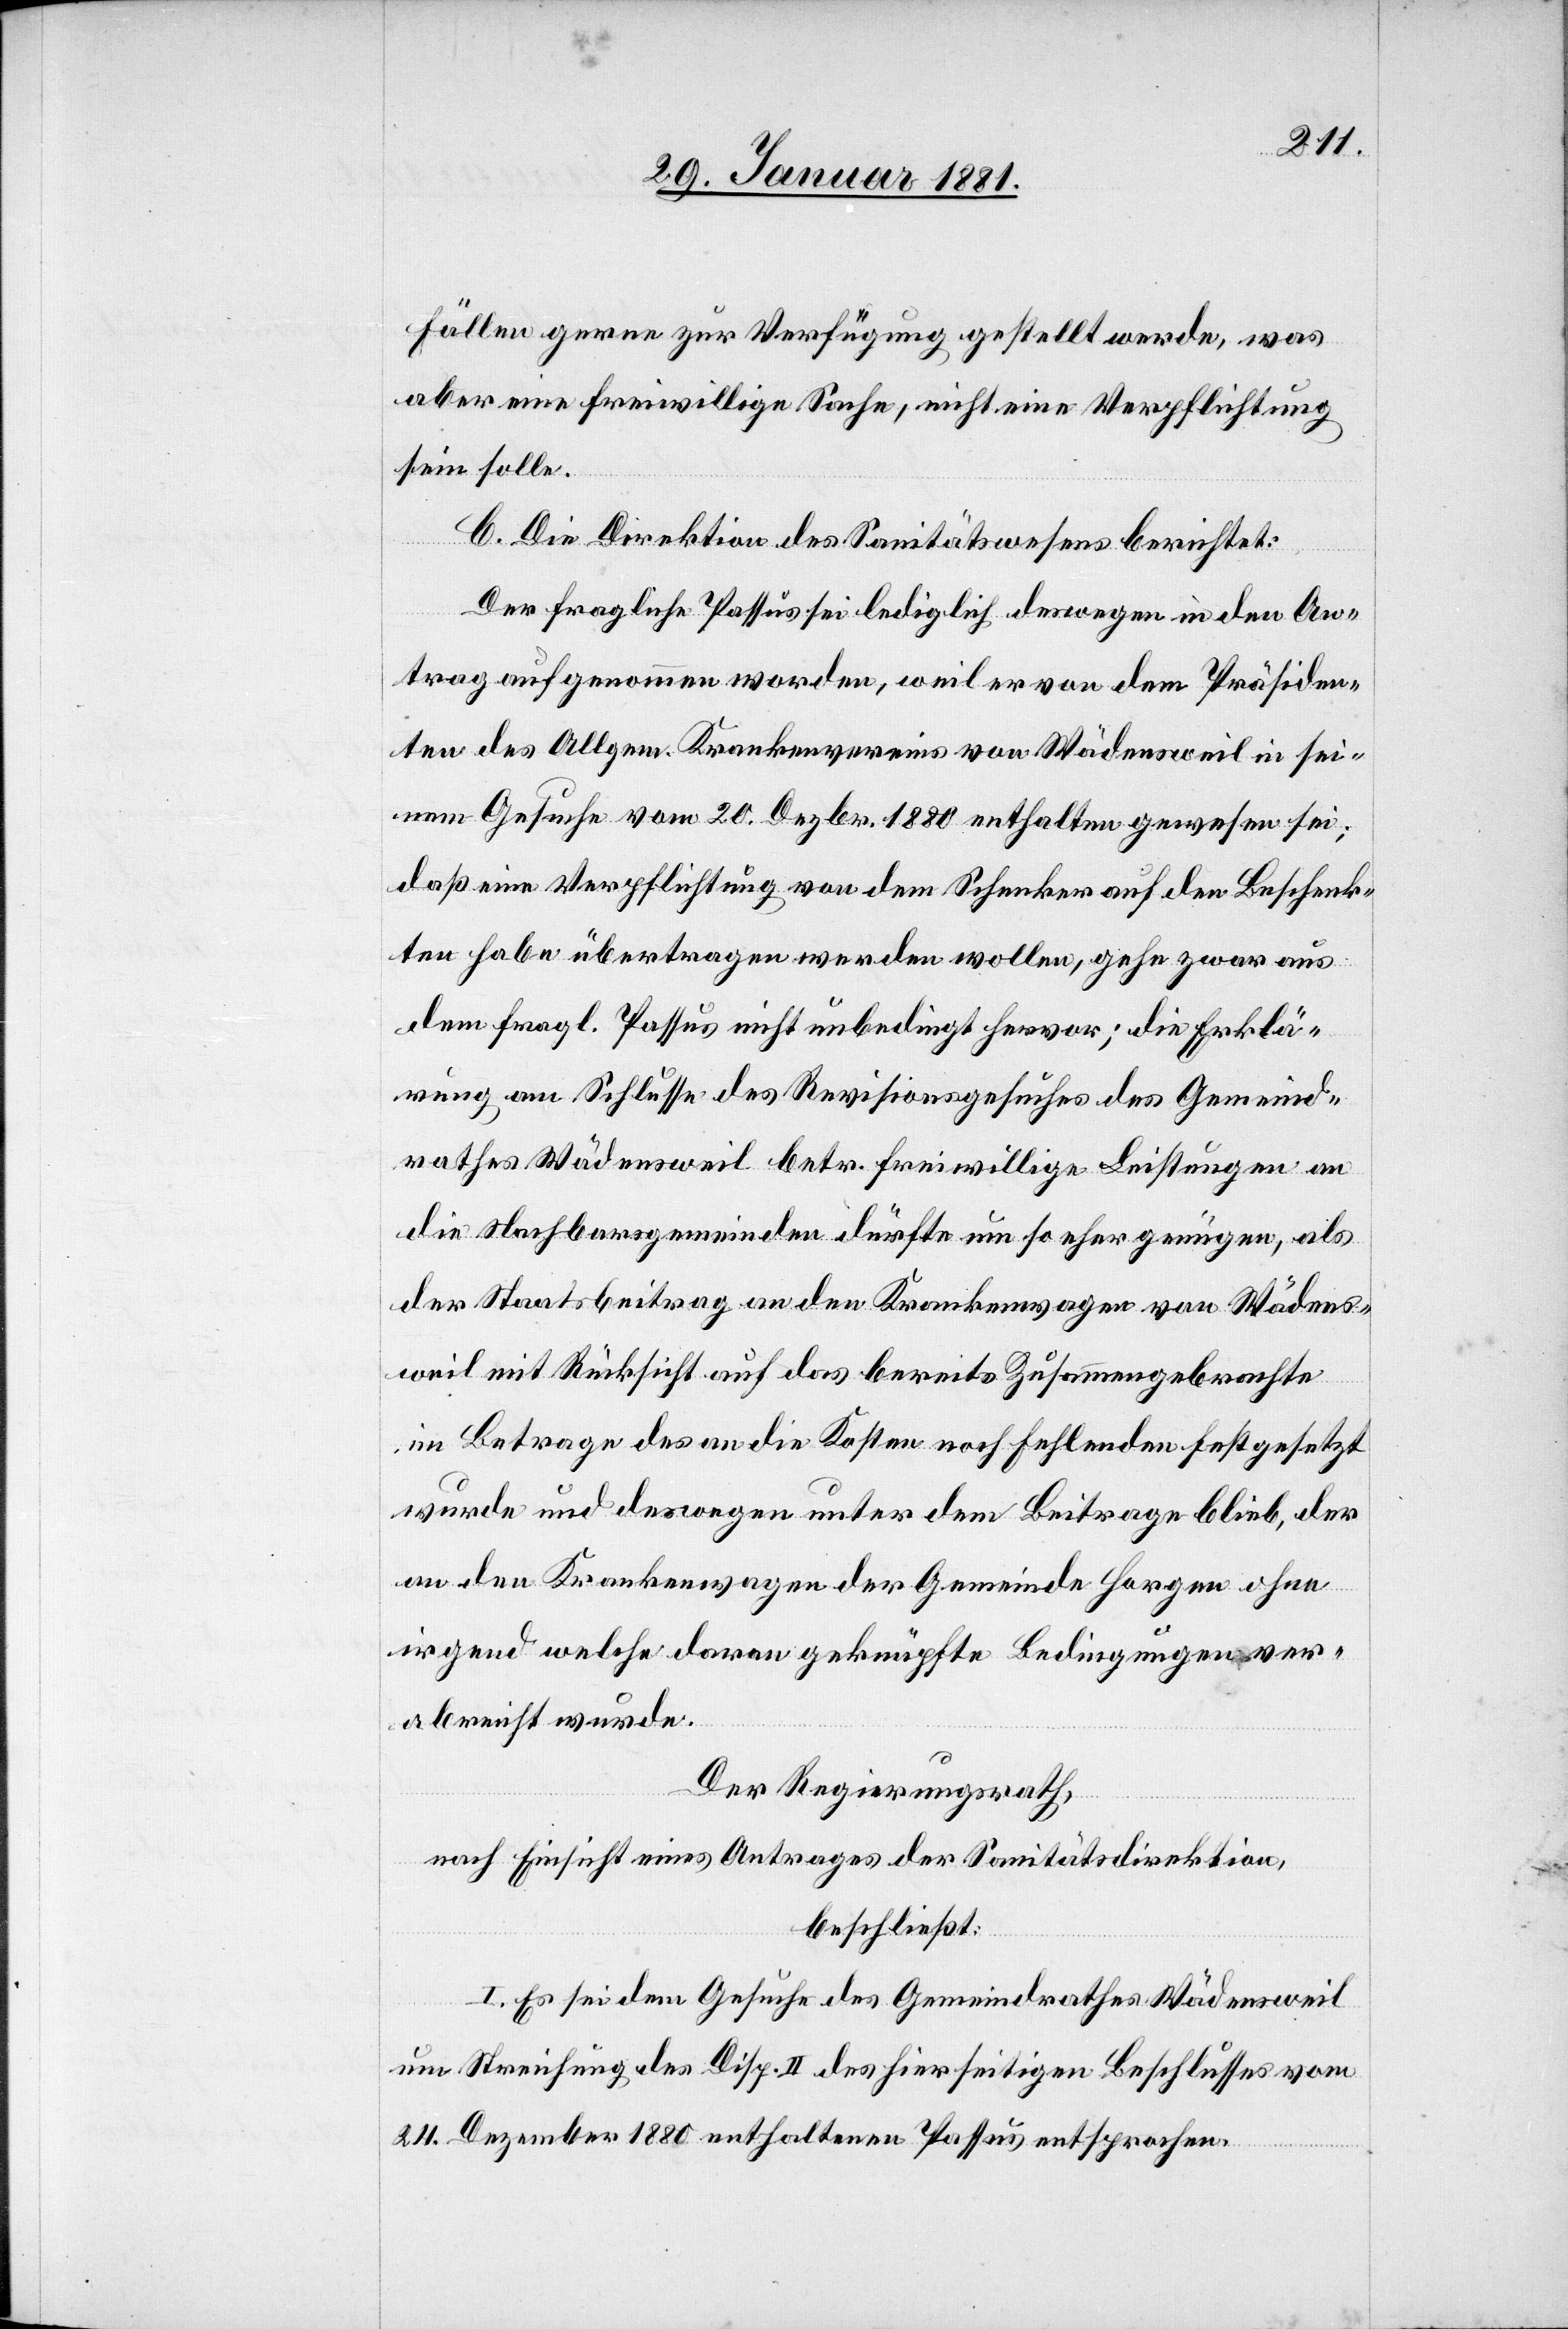
Fällen gerne zur Verfügung gestellt werde, was
aber eine freiwillige Sache, nicht eine Verpflichtung
sein solle.
C. Die Direktion des Sanitätswesens berichtet:
Der fragliche Passus sei lediglich deswegen in den An¬
trag aufgenommen worden, weil er von dem Präsiden¬
ten des Allgem. Krankenvereins von Wädensweil in sei¬
nem Gesuche vom 20. Dezbr. 1880 enthalten gewesen sei;
daß eine Verpflichtung von dem Schenker auf den Beschenk¬
ten habe übertragen werden wollen, gehe zwar aus
dem fragl. Passus nicht unbedingt hervor; die Erklä¬
rung am Schlusse des Revisionsgesuches des Gemeind¬
rathes Wädensweil betr. freiwillige Leistungen an
die Nachbargemeinden dürfte um so eher genügen, als
der Staatsbeitrag an den Krankenwagen von Wädens¬
weil mit Rücksicht auf das bereits Zusammengebrachte
im Betrage des an die Kosten noch fehlenden festgesetzt
wurde und deswegen unter dem Beitrage blieb, der
an den Krankenwagen der Gemeinde Horgen ohne
irgend welche daran geknüpfte Bedingungen ver¬
abreicht wurde.
Der Regierungsrath,
nach Einsicht eines Antrages der Sanitätsdirektion,
beschließt:
I. Es sei dem Gesuche des Gemeindrathes Wädensweil
um Streichung des Disp. II des hierseitigen Beschlusses vom
24. Dezember 1880 enthaltenen Passus entsprochen.